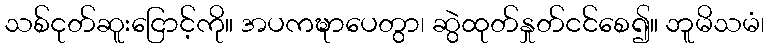
သစ်ငုတ်ဆူးငြောင့်ကို။ အပကဍ္ဎာပေတွာ၊ ဆွဲထုတ်နှုတ်ငင်စေ၍။ ဘူမိသမံ၊